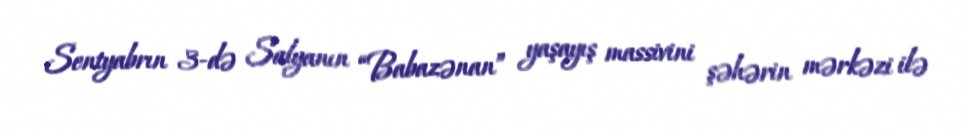
Sentyabrın 3-də Salyanın “Babazənan” yaşayış massivini şəhərin mərkəzi ilə